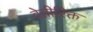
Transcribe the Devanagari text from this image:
वेतीरिक्त